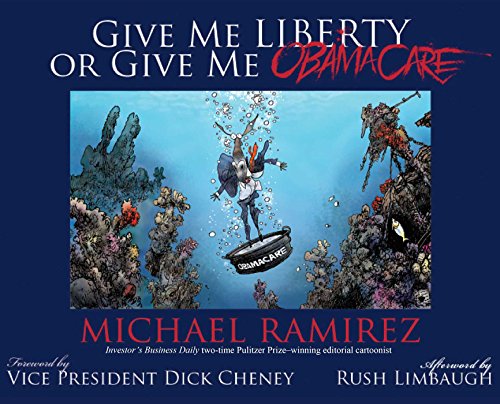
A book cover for Give Me Liberty or Give Me Obamacare; Michael Ramirez; Humor & Entertainment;